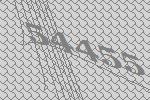
54455